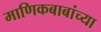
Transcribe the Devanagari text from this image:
माणिकबाबांच्या